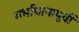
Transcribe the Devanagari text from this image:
गर्भाधानापूर्वी